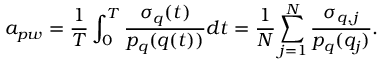
a _ { p w } = \frac { 1 } { T } \int _ { 0 } ^ { T } \frac { \sigma _ { q } ( t ) } { p _ { q } ( q ( t ) ) } d t = \frac { 1 } { N } \sum _ { j = 1 } ^ { N } \frac { \sigma _ { q , j } } { p _ { q } ( q _ { j } ) } .